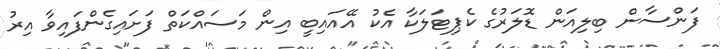
ފަންސާން ބިލިއަން ޑޮލަރުގެ ކެޕިޓަލަކާ އެކު އޭއައިބީ އިން މަސައްކަތް ފަށައިގެންފައިވާ އިރު